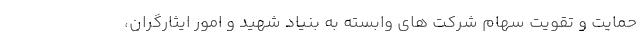
حمایت و تقویت سهام شرکت های وابسته به بنیاد شهید و امور ایثارگران،